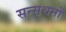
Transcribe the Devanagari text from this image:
सन्सथनों